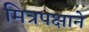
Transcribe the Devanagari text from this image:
मित्रपक्षाने